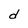
Character: d